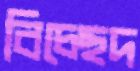
বিচ্ছেদ